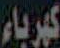
كهرباء